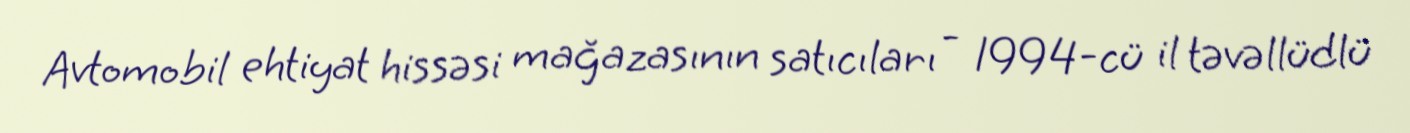
Avtomobil ehtiyat hissəsi mağazasının satıcıları - 1994-cü il təvəllüdlü